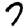
Digit: 7